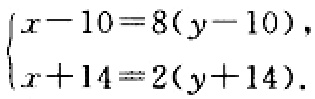
$\begin{cases}
x - 10 = 8(y - 10),\\
x + 14 = 2(y + 14).
\end{cases}$